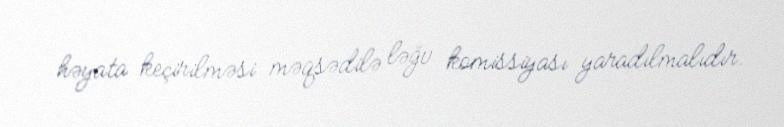
həyata keçirilməsi məqsədilə ləğv komissiyası yaradılmalıdır.